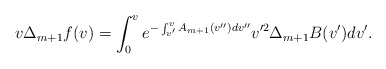
\begin{align*} v\Delta_{m+1}f(v)=\int_0^ve^{-\int_{v'}^vA_{m+1}(v'')dv''}v'^2\Delta_{m+1}B(v')dv'.\end{align*}